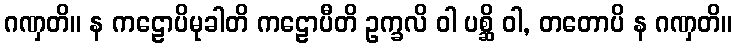
ဂဏှတိ။ န ကဠောပိမုခါတိ ကဠောပီတိ ဥက္ခလိ ဝါ ပစ္ဆိ ဝါ, တတောပိ န ဂဏှတိ။